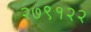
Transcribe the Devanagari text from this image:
२७९१२२